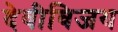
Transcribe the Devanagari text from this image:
देवीविजय